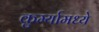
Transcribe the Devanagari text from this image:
कुर्म्यामध्ये